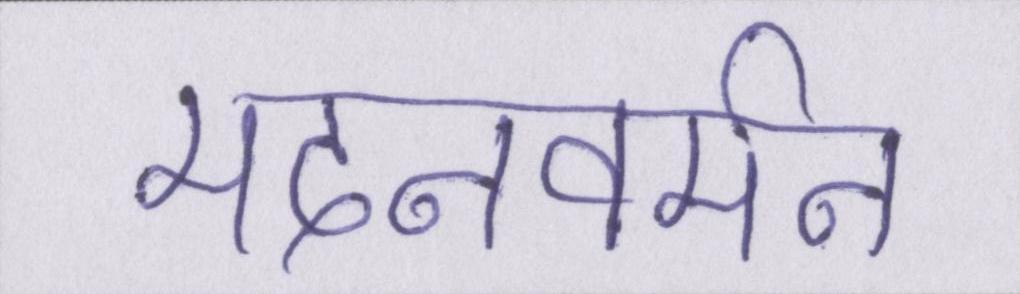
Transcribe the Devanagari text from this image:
मदनवर्मन